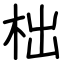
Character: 柮